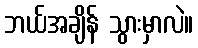
ဘယ်အချိန် သွားမှာလဲ။